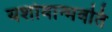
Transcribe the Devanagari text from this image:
यशोवान्भवति